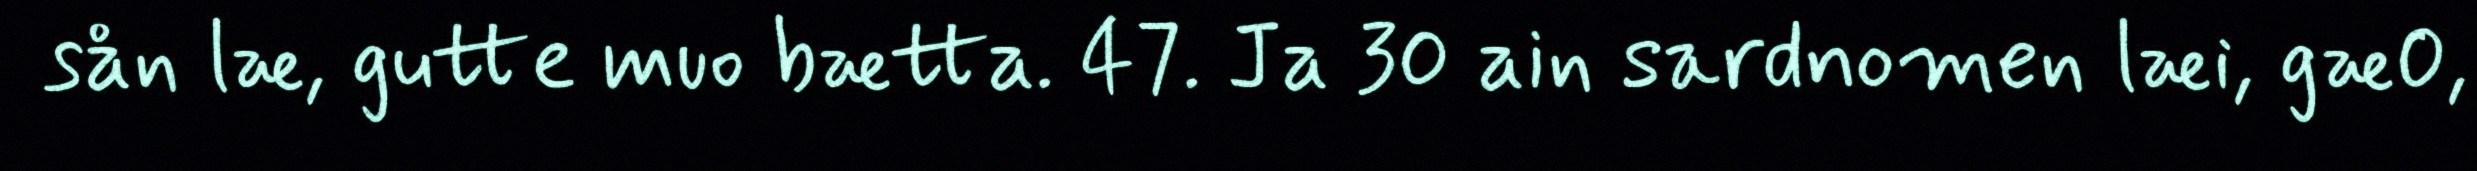
sån læ, gutte muo bætta. 47. Ja 30 ain sardnomen læi, gæ0,